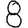
Digit: 8